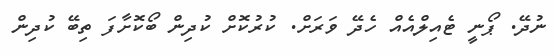
ނުދޭ. ޕޯނީ ޓެއިލްއެއް ހެދޭ ވަރަށް. ކުރުކޮށް ކުދިން ބޯކޮށާފަ ތިބޭ ކުދިން